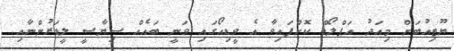
ޔޫޓިއުބަށް މިއަދު އަޕްލޯޑް ކޮށްފައިވާ އެ ވީޑިއޯގައި ވަނީ ބައެއް ސިޔާސީ ލީޑަރުންނާއި